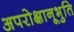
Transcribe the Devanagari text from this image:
अपरोक्षानूभुति